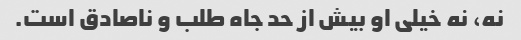
نه، نه خیلی او بیش از حد جاه طلب و ناصادق است.